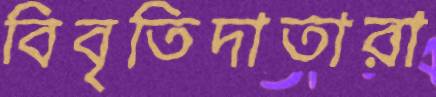
বিবৃতিদাতারা